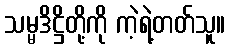
သမ္မဒိဋ္ဌိတို့ကို ကဲ့ရဲ့တတ်သူ။